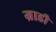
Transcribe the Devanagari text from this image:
ग्राडी